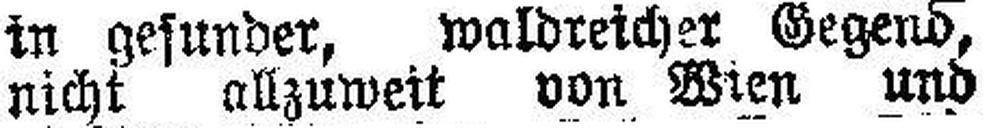
nicht allzuwett von Wien und